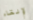
لإلقاء